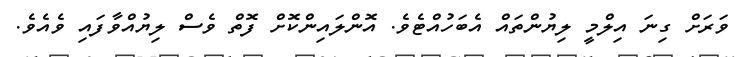
ވަރަށް ގިނަ އިލްމީ ލިޔުންތައް އެބަހުއްޓެވެ. އޮންލައިންކޮށް ފޮތް ވެސް ލިޔުއްވާފައި ވެއެވެ.